Medical and sanitary report on the native army of Bombay for the year
Year: 1878
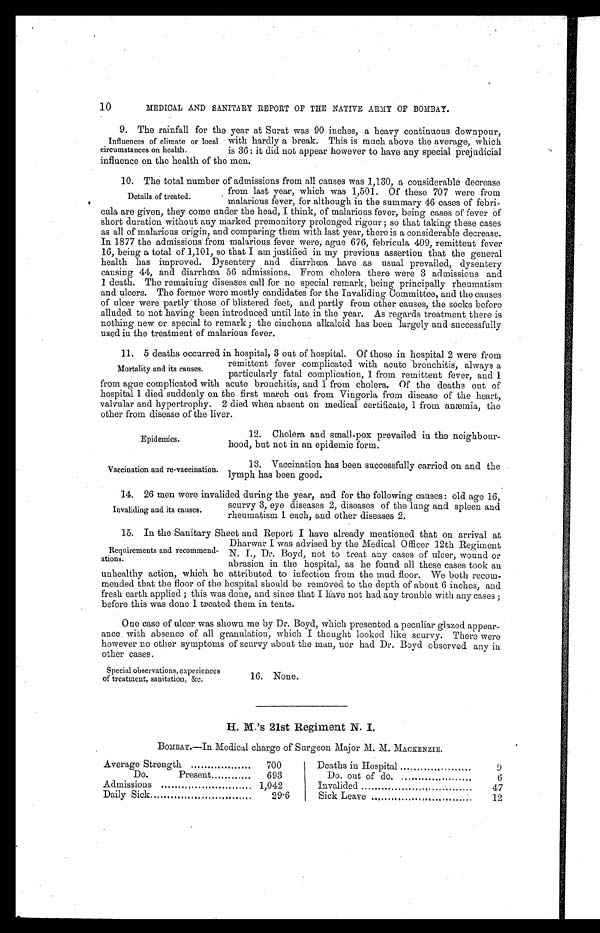
Epidemics.
Vaccination and re-vaccination.
10
MEDICAL AND SANITARY REPORT OF THE NATIVE ARMY OF BOMBAY.
9. The rainfall for the year at Surat was 90 inches, a heavy continuous downpour,
Influences of climate or local with hardly a break. This is much above the average, which
circumstances on health. is 36: it did not appear however to have any special prejudicial
influence on the health of the men.
10. The total number of admissions from all causes was 1,130, a considerable decrease
from last year, which was 1,501. Of these 707 were from
malarious fever, for although in the summary 46 cases of febri-
cula are given, they come under the head, I think, of malarious fever, being cases of fever of
short duration without any marked premonitory prolonged rigour ; so that taking these cases
as all of malarious origin, and comparing them with last year, there is a considerable decrease.
In 1877 the admissions from malarious fever were, ague 676, febricula 409, remittent fever
16, being a total of 1,101, so that I am justified in my previous assertion that the general
health has improved. Dysentery and diarrhœa have as usual prevailed, dysentery
causing 44, and diarrhœa 56 admissions. From cholera there were 3 admissions and
1 death. The remaining diseases call for no special remark, being principally rheumatism
and ulcers. The former were mostly candidates for the Invaliding Committee, and the causes
of ulcer were partly' those of blistered feet, and partly from other causes, the socks before
alluded to not having been introduced until late in the year. As regards treatment there is
nothing new or special to remark ; the cinchona alkaloid has been largely and successfully
used iu the treatment of malarious fever.
11. 5 deaths occurred in hospital, 3 out of hospital. Of those in hospital 2 were from
_
remittent fever complicated with acute bronchitis, always a
particularly fatal complication, 1 from remittent fever, and 1
from ague complicated with acute bronchitis, and 1 from cholera. Of the deaths out of
hospital 1 died suddenly on the first march out from Vingorla from disease of the heart,
valvular and hypertrophy. 2 died when absent on medical certificate, 1 from anæmia, the
other from disease of the liver.
Details of treated.
Mortality and its causes.
12. Cholera and small-pox prevailed in the neighbour-
hood, but not in an epidemic form.
13. Vaccination has been successfully carried on and the
lymph has been good.
14. 26 men were invalided during the year, and for the following causes : old age 16,
scurvy 3, eye diseases 2, diseases of the lung and spleen and
rheumatism 1 each, and other diseases 2.
15. In the Sanitary Sheet and Report I have already mentioned that on arrival at
Requirements and recommend-
ations.
unhealthy action, which he attributed to infection from the mud floor. We both recom-
mended that the floor of the hospital should be removed to the depth of about 6 inches, and
fresh earth applied ; this was done, and since that I have not had any trouble with any cases ;
before this was done I -mated them in tents.
One case of ulcer was shown me by Dr. Boyd, which presented a peculiar glazed appear-
ance. with absence of all granulation, which I thought looked like scurvy. There were
however no other symptoms of scurvy about the man, nor had Dr. Boyd observed any in
other cases.
Invaliding. and its causes.
Dharwar 1. was advised by the Medical Officer 12th Regiment
N. I., Dr. Boyd, not to treat any cases of ulcer, wound or
abrasion in the hospitaL, ash e found all these cases took an
Special observations, experiences
of treatment, sanitation, &c.
16. None.
H. M.’s 21st Regiment N. I
BOMBAY.—In Medical charge of Surgeon Major M. M. MACKENZIE.
Average Strength
700
Deaths in Hospital
9
Do.
Present
693
Do. out of do.
6
Admissions
..
1,042
Invalided
47
Daily Sick
29'6
Sick Leave
12